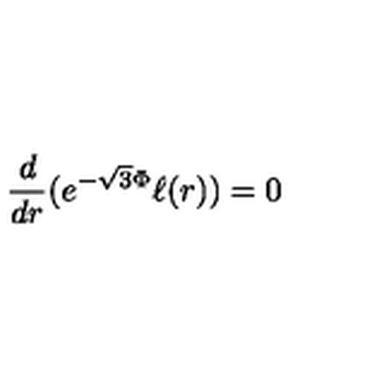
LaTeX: \frac { d } { d r } ( e ^ { - \sqrt { 3 } \Phi } \ell ( r ) ) = 0